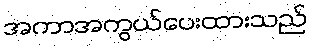
အကာအကွယ်ပေးထားသည်